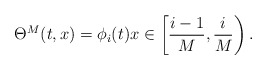
\begin{align*} \Theta^M(t,x) = \phi_i(t)x\in \left[\frac{i-1}M, \frac iM\right).\end{align*}